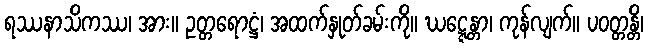
ရဿနာသိကဿ၊ အား။ ဥတ္တရောဋ္ဌံ၊ အထက်နှုတ်ခမ်းကို။ ဃဋ္ဋေန္တာ၊ ကုန်လျက်။ ပဝတ္တန္တိ၊